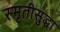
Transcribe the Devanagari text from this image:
स्मृतीसुद्धा